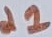
Text: n1